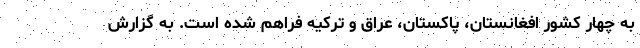
به چهار کشور افغانستان، پاکستان، عراق و ترکیه فراهم شده است. به گزارش